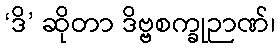
‘ဒိ’ ဆိုတာ ဒိဗ္ဗစက္ခုဉာဏ်၊